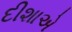
દીશાએ